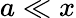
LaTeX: a\ll x